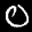
Label: 0